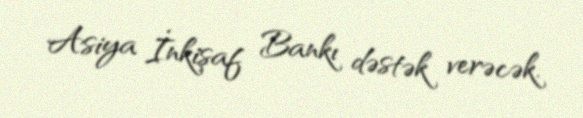
Asiya İnkişaf Bankı dəstək verəcək.